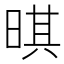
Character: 𣈒